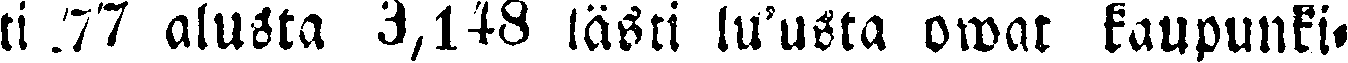
ti 77 alusta 3,148 lästi lu'usta owat kaupunki-